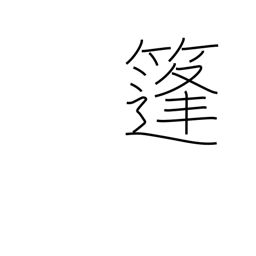
Meaning: woven rush awning